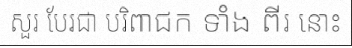
សួរ បែរជា បរិពាជក ទាំង ពីរ នោះ